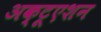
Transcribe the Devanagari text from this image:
अक्टूएशन